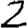
Digit: 2